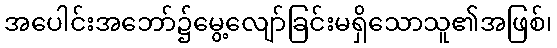
အပေါင်းအဘော်၌မွေ့လျော်ခြင်းမရှိသောသူ၏အဖြစ်၊